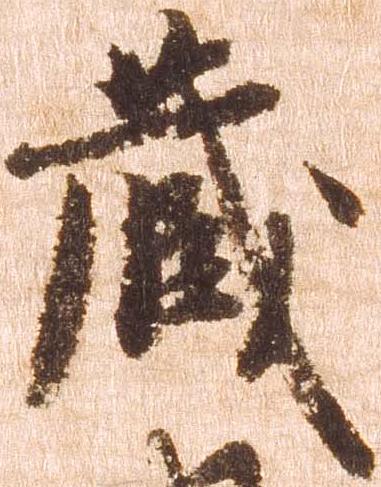
蔵